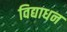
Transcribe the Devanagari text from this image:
विद्याधन